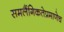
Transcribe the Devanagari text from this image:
समलैंगिकतेप्रमाणेच